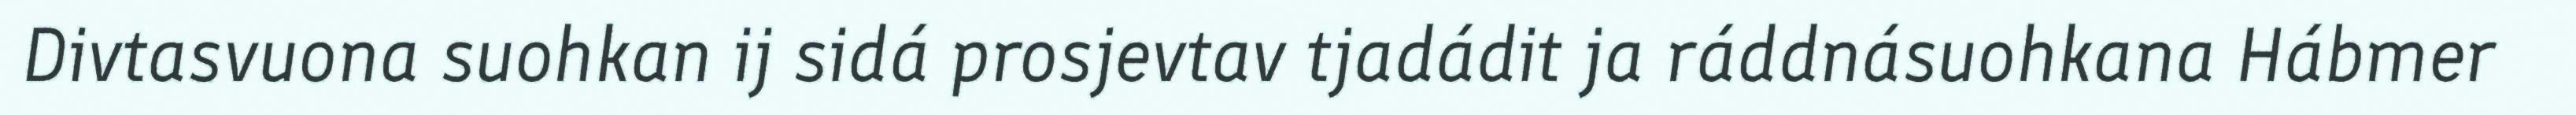
Divtasvuona suohkan ij sidá prosjevtav tjadádit ja ráddnásuohkana Hábmer